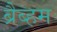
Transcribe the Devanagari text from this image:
ब्रैब्हम